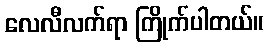
လေလီလက်ရာ ကြိုက်ပါတယ်။